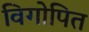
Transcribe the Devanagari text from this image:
विगोपित